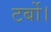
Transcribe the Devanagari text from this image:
टर्बो।